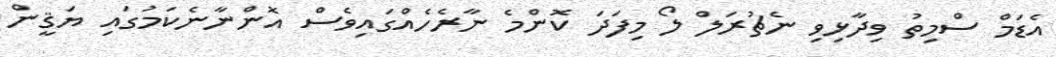
އެޑަމް ސްމިތު ވިދާޅިވި ނެޗުރަލް ލޯ މިފަދަ ކޮންމެ ނާރެހެއްގައިވެސް އޮންނާނެކަމުގައި ޔަޤީން